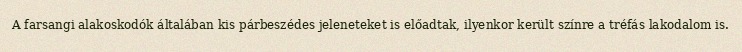
A farsangi alakoskodók általában kis párbeszédes jeleneteket is előadtak, ilyenkor került színre a tréfás lakodalom is.